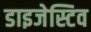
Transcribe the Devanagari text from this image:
डाइजेस्टिव